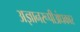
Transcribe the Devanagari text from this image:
अज्ञानरूपीअंधकार